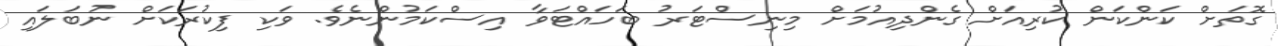
ގޮތަށް ކަންކަން ކުރިއަށް ގެންދިއުމަށް މިނިސްޓަރު ބަހައްޓަވާ އިސްކަމުންނެވެ. ވަކި ފިކުރަކަށް ނުބަލައި